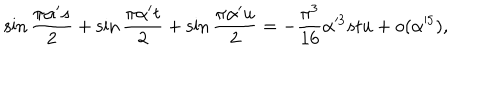
\sin { \frac { \pi \alpha ^ { \prime } s } { 2 } } + \sin { \frac { \pi \alpha ^ { \prime } t } { 2 } } + \sin { \frac { \pi \alpha ^ { \prime } u } { 2 } } = - { \frac { \pi ^ { 3 } } { 1 6 } } \alpha ^ { \prime 3 } s t u + o ( \alpha ^ { \prime 5 } ) ,